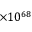
\times 1 0 ^ { 6 8 }